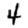
Digit: 4